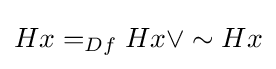
Hx=_{Df}Hx\lor \sim Hx